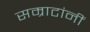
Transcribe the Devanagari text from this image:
सम्राटांनीं